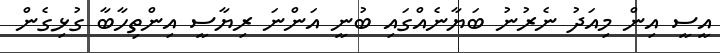
އީސީ އިން މިއަދު ނެރުނު ބަޔާނެއްގައި ބުނީ އަންނަ ރިޔާސީ އިންތިހާބާ ގުޅިގެން